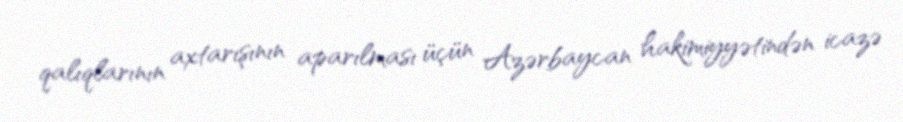
qalıqlarının axtarışının aparılması üçün Azərbaycan hakimiyyətindən icazə